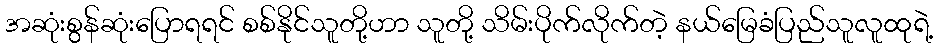
အဆုံးစွန်ဆုံးပြောရရင် စစ်နိုင်သူတို့ဟာ သူတို့ သိမ်းပိုက်လိုက်တဲ့ နယ်မြေခံပြည်သူလူထုရဲ့